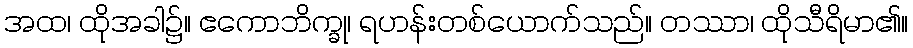
အထ၊ ထိုအခါ၌။ ဧကောဘိက္ခု၊ ရဟန်းတစ်ယောက်သည်။ တဿာ၊ ထိုသီရိမာ၏။